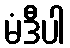
မံဒီပါ